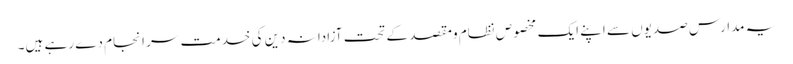
یہ مدارس صدیوں سے اپنے ایک مخصوص نظام ومقصد کے تحت آزادانہ دین کی خدمت سر انجام دے رہے ہیں۔